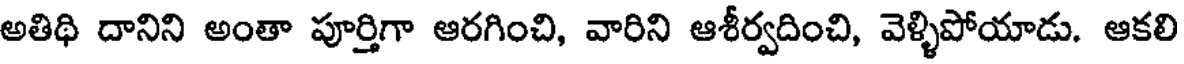
అతిథి దానిని అంతా పూర్తిగా ఆరగించి, వారిని ఆశీర్వదించి, వెళ్ళిపోయాడు. ఆకలి